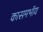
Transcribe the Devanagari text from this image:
कासमभॉय